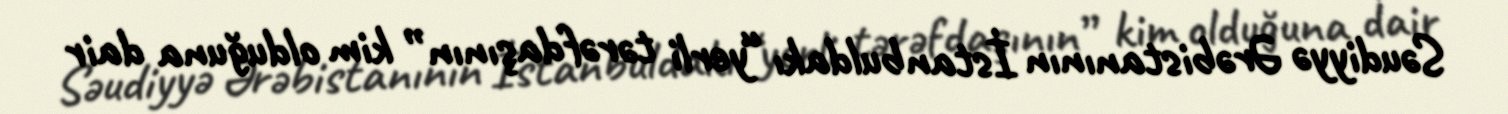
Səudiyyə Ərəbistanının İstanbuldakı “yerli tərəfdaşının” kim olduğuna dair